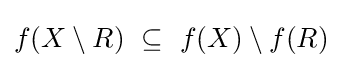
f(X\setminus R)~\subseteq ~f(X)\setminus f(R)